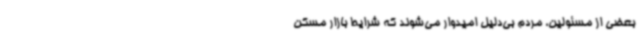
بعضی از مسئولین، مردم بی‌دلیل امیدوار می‌شوند که شرایط بازار مسکن